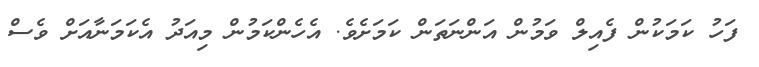
ފަހު ކަމަކުން ފެއިލް ވަމުން އަންނަތަން ކަމަށެވެ. އެހެންކަމުން މިއަދު އެކަމަނާއަށް ވެސް